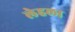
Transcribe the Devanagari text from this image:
लेहला